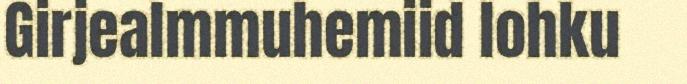
Girjealmmuhemiid lohku